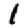
Digit: 1